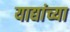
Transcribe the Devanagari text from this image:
याद्यांच्या